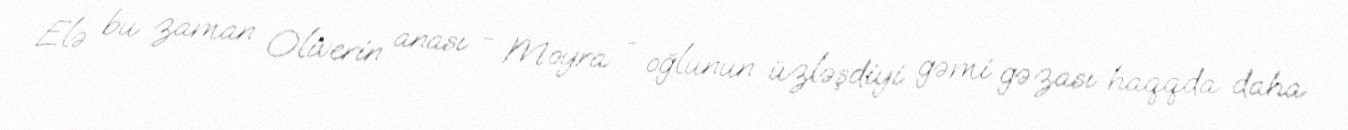
Elə bu zaman Oliverin anası - Moyra - oğlunun üzləşdiyi gəmi gəzası haqqda daha